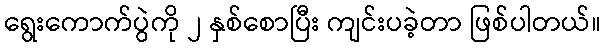
ရွေးကောက်ပွဲကို ၂ နှစ်စောပြီး ကျင်းပခဲ့တာ ဖြစ်ပါတယ်။